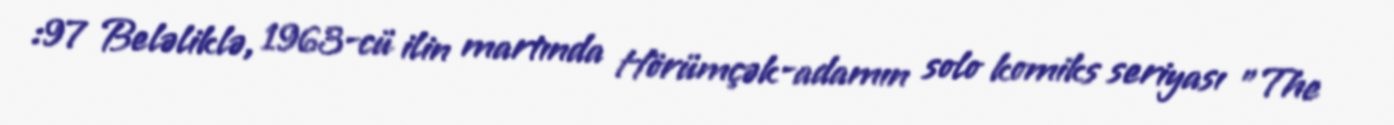
:97 Beləliklə, 1963-cü ilin martında Hörümçək-adamın solo komiks seriyası "The